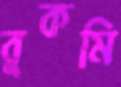
বুকমি